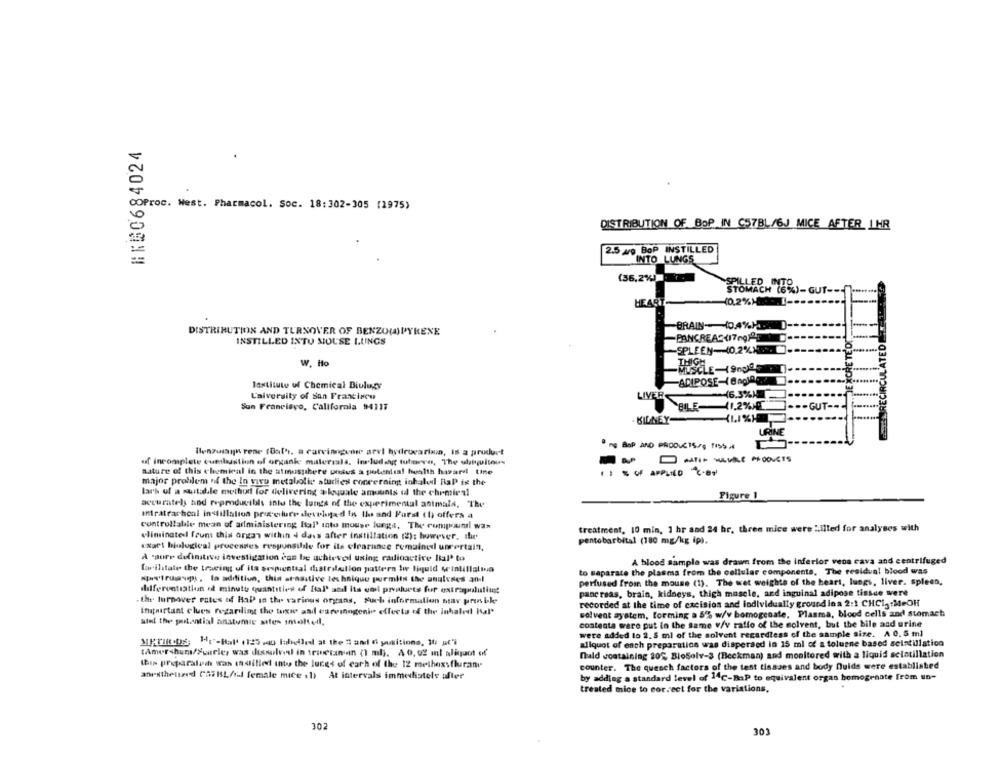
#160684024
COProc. West. Pharmacol. Soc. 18:302-305 (1975)
0
0
DISTRIBUTION OF BOP IN C57BL/6J MICE AFTER IHR
2.5 40 BOP INSTILLED
INTO LUNGS
(36,2%) .
SPILLED INTO
STOMACH (6%)-GUT --
HEART
10.2%) .... ...........
BRAIN-10.4%)-D
DISTRIBUTION AND TURNOVER OF BENZOUIPYRENE
INSTILLED INTU MOUSE LUNGS
SPLEEN-10.2%).
W. Ho
MUSCLE-19ngd
ADIPOSE-(BAOJA
lastitute of Chemical Diulugy
University of San Francisco
16.3%)
LIVER
San Francisco, California 94117
BILE-11.2%ME
-GUT-
KIDNEY-
" ns BaP AND PRODUCTS/0 1ISS Al
Blenzuiaih rene (Bath, a carvingone arvi hydrocarbon, is a product
of incomplete combustion of ontask materials, Including tubarvo, The ubiquitous
nature of this chemical in the atmosphere unsus a potential health hasard tine
major problem of the In viru metabolic studies concerning inhaled Rap is the
lark of a suitable method for delivering a kyuale amounts il the chrmieni
Figure 1
accuratels and reproducible intu the lungs of the experimental animals, The
IMratrachcal indtillation priceslure developed in Il and Parst th offers a
controllable mean of administering Hal' into mouse lungs, The compound was
treatment, 10 min. 1 hr and 24 hr, three mice were ".ilted for analyses with
eliminatedI fruns this organ within 4 dass after instillation (2): however, the
Exget biological processes responsible for its clearance romaine uncertain,
pentobarbital (180 mg/kg ip).
A "sure definitive investigation enn be achtevol using radioactive lial' to
A blood sample was drawn from the inferior vena cava and centrifuged
law ilitate the tracing of its sospential distribution pattern tir liquid weintillalina
to separate the plasma from the cellular components, The residual blood was
the't ruaups , la addition, thin stasstive technique permits the unulvres anl
perfused from the mouse (1). The wet weights of the heart, lungs, liver. spleen,
differentiation id minute quantities of Ital' and its end products for extrapolutingt
pancreas, brain, kidneys, thigh muscle, and inguinal adipose tissue were
the turnover rates of HaP in the various ongans, Such information may printke
recorded at the time of excision and individually ground in a 2:1 CHCI, MeOH
impactant clues regariling the tags and esremogenio effects of the inhaled Kal'
solvent system, forming a 8% w/v bomogenate, Plasma, blood cells and stomach
atel the potential anatomic sttes imolteil.
contenta were put in the same v/v raffo of the solvent, but the bile and urine
were added to 2. 5 ml of the solvent regardless of the sample size. A 0. 5 ml
MRTIROS Hr-Bal' (125 ,40 labelled at the " and 6 positions, 10 pt"]
aliquot of each preparation was disperaed in 15 ml of a toluene based scintillation
(Amer sham/Suurles was dissolved in tesesanan (1 ml ;. A 0, 02 mnl pligaut of
fuld containing 20%, BloSolv-3 (Beckman) and monitored with a liquid scintillation
this preparalich was instilled into the luces of carh of the 12 methexsflurane
counter. The quesch factors of the test tissues and body Duids were established
anesthetszed GGF BL/fal female mice (1) At intervals immediately after
by adding a standard level of 14℃-RaP to equivalent orgas homogenate from un-
treated mice to correct for the variations,
302
303